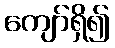
ကျော်ရှိ၍